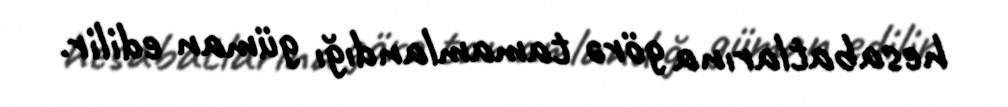
hesabatlarına görə tamamlandığı güman edilir.